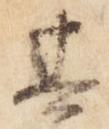
其